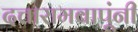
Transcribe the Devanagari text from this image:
दत्तारामबापूंनी